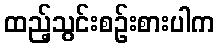
ထည့်သွင်းစဉ်းစားပါက